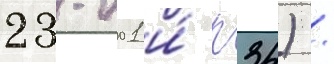
23-001 и́ п34) /